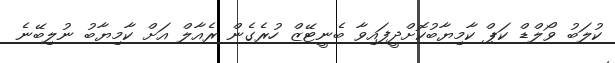
ކުލަބު ވޯލްޑް ކަޕް ކާމިޔާބުކޮށްދީފައިވާ ބެނީޓޭޒް ހުރެގެން ރެއާލް އަށް ކާމިޔާބު ނުލިބޭނެ